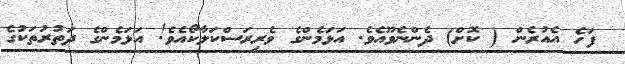
ފަހެ އެއުރެން ( ކޮށް) ދެންނެވޫއެވެ. އަޅަމެންގެ ވެރިރަސްކަލާކޯއެވެ! އަޅަމެންގެ ދަތުރުތަކުގެ